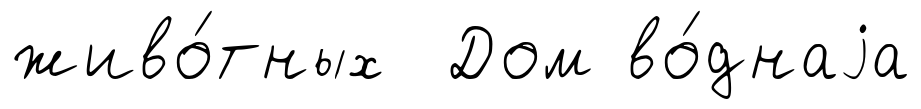
живо́тных Дом во́днаjа